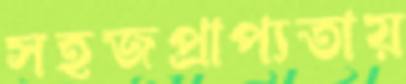
সহজপ্রাপ্যতায়